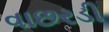
વાછરડી